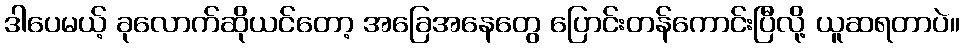
ဒါပေမယ့် ခုလောက်ဆိုယင်တော့ အခြေအနေတွေ ပြောင်းတန်ကောင်းပြီလို့ ယူဆရတာပဲ။